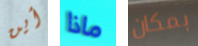
أين ماذا بمكان